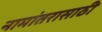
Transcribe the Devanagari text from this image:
नामांतरासाठी